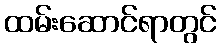
ထမ်းဆောင်ရာတွင်